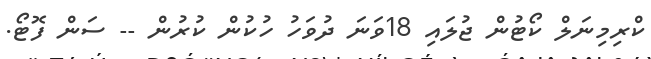
ކްރިމިނަލް ކޯޓުން ޖުލައި 18ވަނަ ދުވަހު ހުކުން ކުރުން -- ސަން ފޮޓޯ.